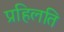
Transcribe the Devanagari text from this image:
प्रहिलति